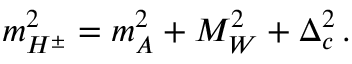
m _ { H ^ { \pm } } ^ { 2 } = m _ { A } ^ { 2 } + M _ { W } ^ { 2 } + \Delta _ { c } ^ { 2 } \, . \,